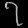
Digit: ၇